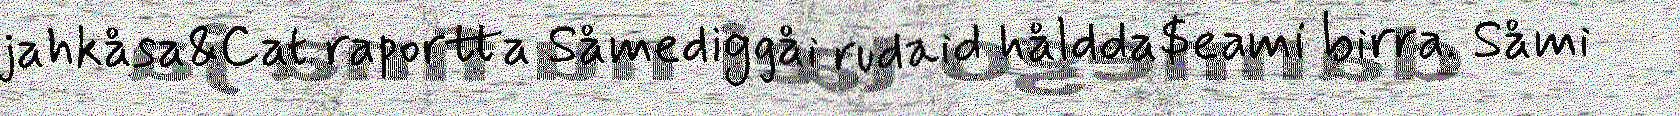
jahkåsa&Cat raportta Såmediggåi rudaid håldda$eami birra. Såmi